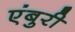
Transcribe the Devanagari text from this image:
एंबुरी